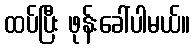
ထပ်ပြီး ဖုန်းခေါ်ပါမယ်။